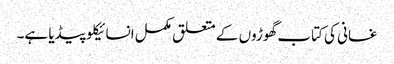
غسانی کی کتاب گھوڑوں کے متعلق مکمل انسائیکلو پیڈیا ہے۔